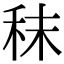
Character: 秣